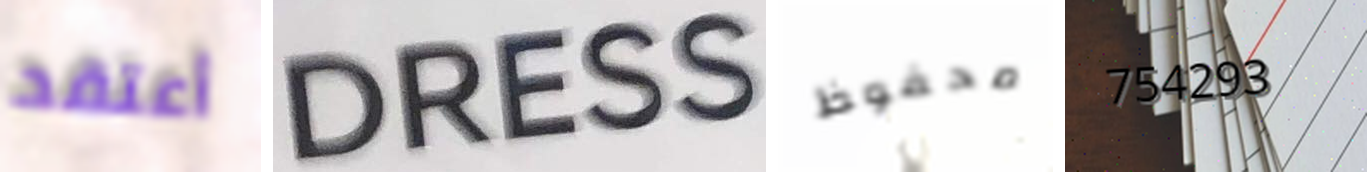
أعتقد DRESS محفوظ 754293